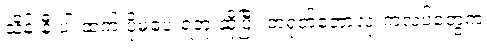
သိန်းနီးပါးထက် ပိုမပေးရဘူးဆိုပြီး တရုတ်ဘောလုံးကလပ်တွေက